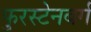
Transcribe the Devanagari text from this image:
फुरस्टेनबर्ग